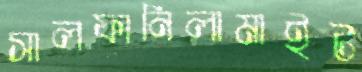
সালফানিলামাইট